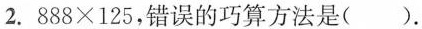
2. $$8 8 8 \times1 2 5$$，错误的巧算方法是( ).